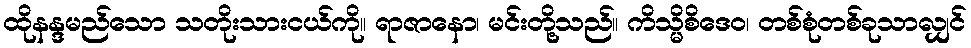
ထိုနန္ဒမည်သော သတိုးသားငယ်ကို။ ရာဇာနော၊ မင်းတို့သည်။ ကိသ္မိစိဒေဝ၊ တစ်စုံတစ်ခုသာလျှင်